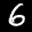
Label: 6